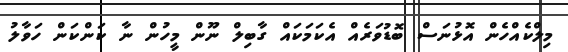
މިލްކެއްހެން އޮޅުނަސް ބޮޑުވަރެއް އެކަމަކައް ގާބިލް ނޫން މީހުން ނާ ކަންކަން ހަވާލު